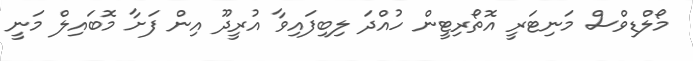
މޯލްޑިވްސް މަނިޓަރީ އޮތޯރިޓީން ހުއްދަ ލިބިފައިވާ އުރީދޫ އިން ފަށާ މޮބައިލް މަނީ